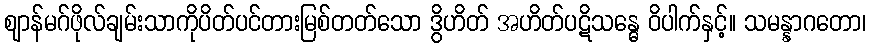
ဈာန်မဂ်ဖိုလ်ချမ်းသာကိုပိတ်ပင်တားမြစ်တတ်သော ဒွိဟိတ် အဟိတ်ပဋိသန္ဓေ ဝိပါက်နှင့်။ သမန္နာဂတော၊